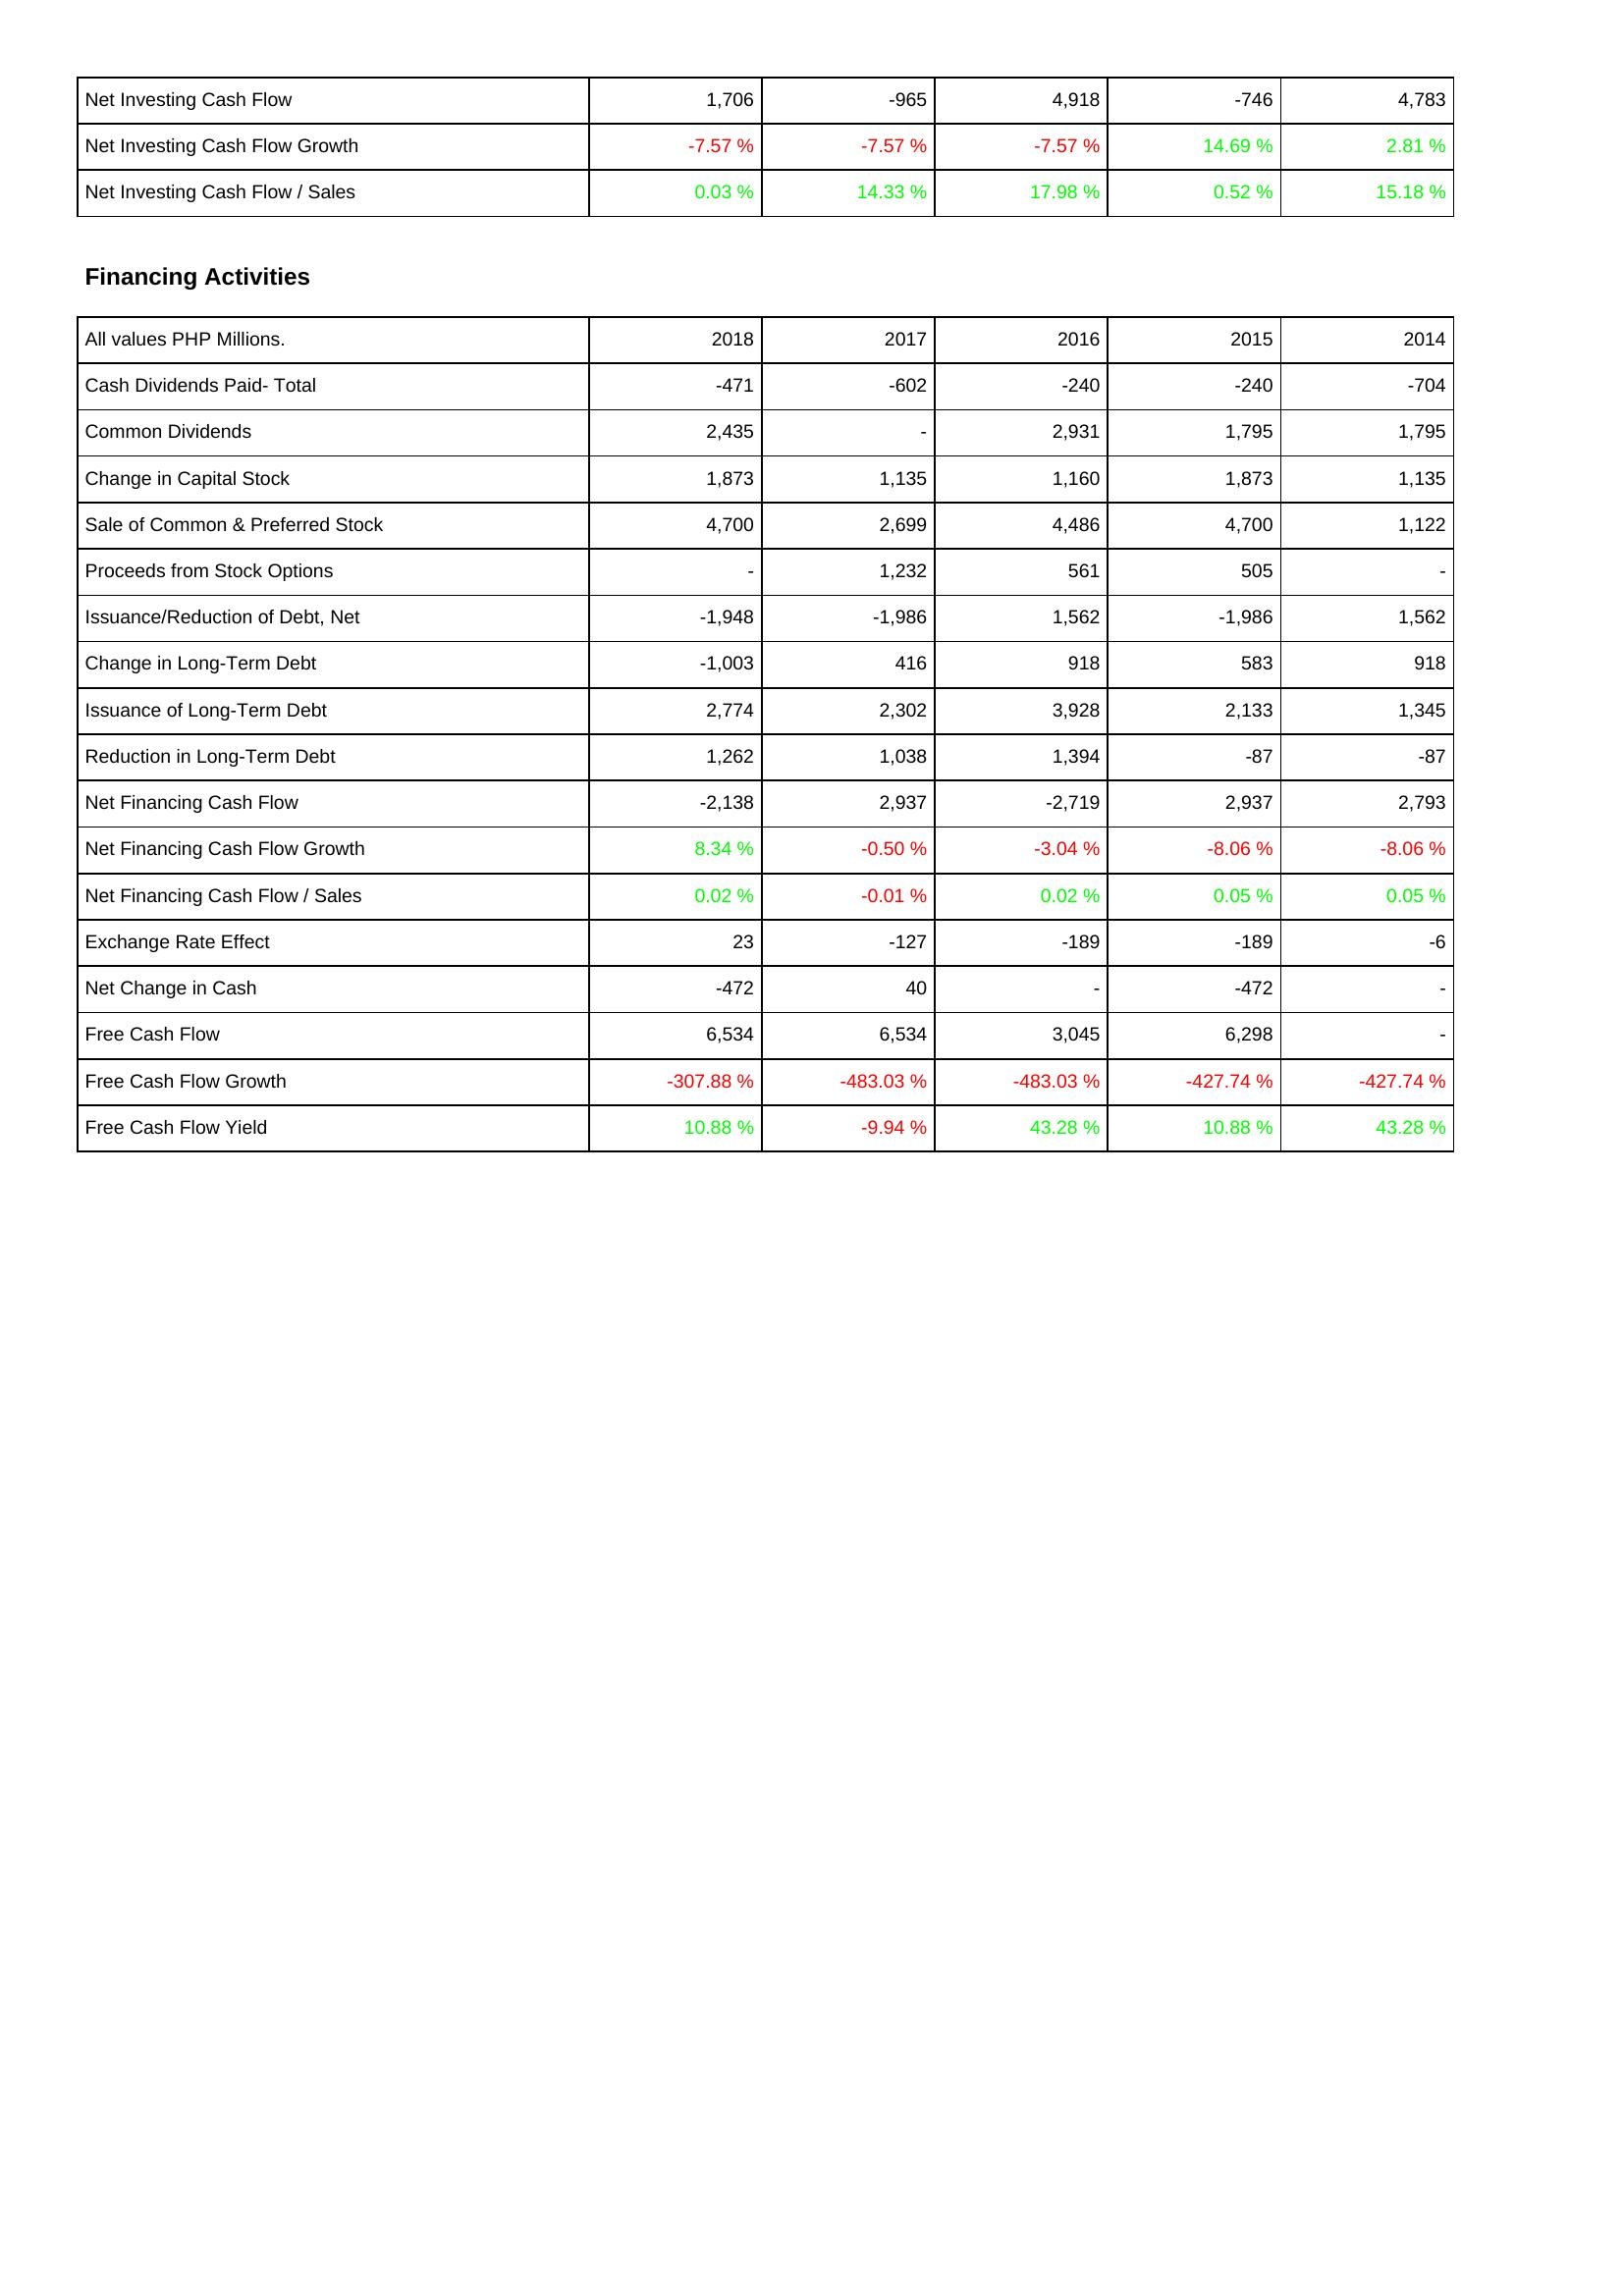
2018: Investing Activities: Net Investing Cash Flow: 1,706
Net Investing Cash Flow Growth: -7.57 %
Net Investing Cash Flow / Sales: 0.03 %
Financing Activities: Cash Dividends Paid- Total: -471
Common Dividends: 2,435
Change in Capital Stock: 1,873
Sale of Common & Preferred Stock: 4,700
Proceeds from Stock Options: -
Issuance/Reduction of Debt, Net: -1,948
Change in Long-Term Debt: -1,003
Issuance of Long-Term Debt: 2,774
Reduction in Long-Term Debt: 1,262
Net Financing Cash Flow: -2,138
Net Financing Cash Flow Growth: 8.34 %
Net Financing Cash Flow / Sales: 0.02 %
Exchange Rate Effect: 23
Net Change in Cash: -472
Free Cash Flow: 6,534
Free Cash Flow Growth: -307.88 %
Free Cash Flow Yield: 10.88 %
2017: Investing Activities: Net Investing Cash Flow: -965
Net Investing Cash Flow Growth: -7.57 %
Net Investing Cash Flow / Sales: 14.33 %
Financing Activities: Cash Dividends Paid- Total: -602
Common Dividends: -
Change in Capital Stock: 1,135
Sale of Common & Preferred Stock: 2,699
Proceeds from Stock Options: 1,232
Issuance/Reduction of Debt, Net: -1,986
Change in Long-Term Debt: 416
Issuance of Long-Term Debt: 2,302
Reduction in Long-Term Debt: 1,038
Net Financing Cash Flow: 2,937
Net Financing Cash Flow Growth: -0.50 %
Net Financing Cash Flow / Sales: -0.01 %
Exchange Rate Effect: -127
Net Change in Cash: 40
Free Cash Flow: 6,534
Free Cash Flow Growth: -483.03 %
Free Cash Flow Yield: -9.94 %
2016: Investing Activities: Net Investing Cash Flow: 4,918
Net Investing Cash Flow Growth: -7.57 %
Net Investing Cash Flow / Sales: 17.98 %
Financing Activities: Cash Dividends Paid- Total: -240
Common Dividends: 2,931
Change in Capital Stock: 1,160
Sale of Common & Preferred Stock: 4,486
Proceeds from Stock Options: 561
Issuance/Reduction of Debt, Net: 1,562
Change in Long-Term Debt: 918
Issuance of Long-Term Debt: 3,928
Reduction in Long-Term Debt: 1,394
Net Financing Cash Flow: -2,719
Net Financing Cash Flow Growth: -3.04 %
Net Financing Cash Flow / Sales: 0.02 %
Exchange Rate Effect: -189
Net Change in Cash: -
Free Cash Flow: 3,045
Free Cash Flow Growth: -483.03 %
Free Cash Flow Yield: 43.28 %
2015: Investing Activities: Net Investing Cash Flow: -746
Net Investing Cash Flow Growth: 14.69 %
Net Investing Cash Flow / Sales: 0.52 %
Financing Activities: Cash Dividends Paid- Total: -240
Common Dividends: 1,795
Change in Capital Stock: 1,873
Sale of Common & Preferred Stock: 4,700
Proceeds from Stock Options: 505
Issuance/Reduction of Debt, Net: -1,986
Change in Long-Term Debt: 583
Issuance of Long-Term Debt: 2,133
Reduction in Long-Term Debt: -87
Net Financing Cash Flow: 2,937
Net Financing Cash Flow Growth: -8.06 %
Net Financing Cash Flow / Sales: 0.05 %
Exchange Rate Effect: -189
Net Change in Cash: -472
Free Cash Flow: 6,298
Free Cash Flow Growth: -427.74 %
Free Cash Flow Yield: 10.88 %
2014: Investing Activities: Net Investing Cash Flow: 4,783
Net Investing Cash Flow Growth: 2.81 %
Net Investing Cash Flow / Sales: 15.18 %
Financing Activities: Cash Dividends Paid- Total: -704
Common Dividends: 1,795
Change in Capital Stock: 1,135
Sale of Common & Preferred Stock: 1,122
Proceeds from Stock Options: -
Issuance/Reduction of Debt, Net: 1,562
Change in Long-Term Debt: 918
Issuance of Long-Term Debt: 1,345
Reduction in Long-Term Debt: -87
Net Financing Cash Flow: 2,793
Net Financing Cash Flow Growth: -8.06 %
Net Financing Cash Flow / Sales: 0.05 %
Exchange Rate Effect: -6
Net Change in Cash: -
Free Cash Flow: -
Free Cash Flow Growth: -427.74 %
Free Cash Flow Yield: 43.28 %